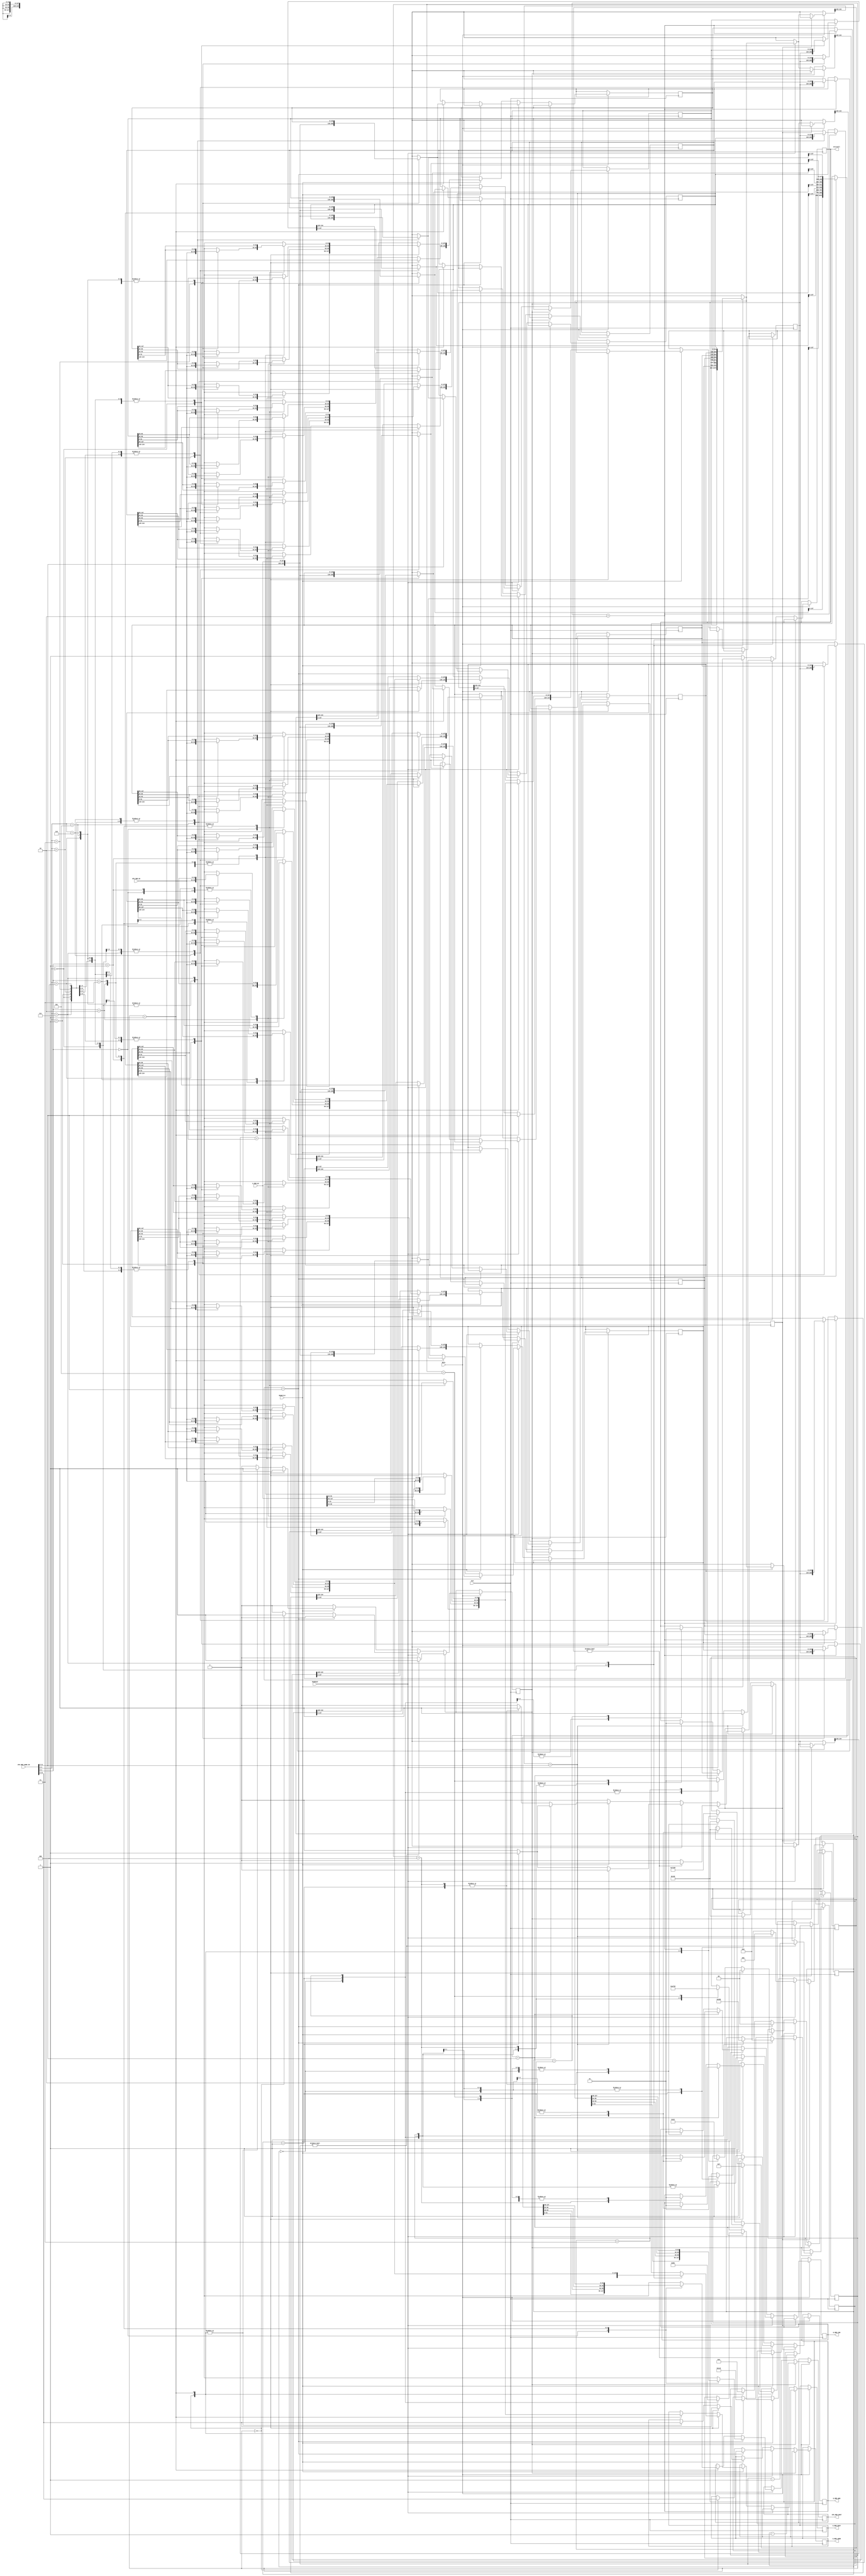
/*
NOTE:
 1: 4 words per cacheline (4 data blocks)
 2: 128B cache capacity -> 32 words -> store 8 cachelines
 4: No Replacement policy cuz' direct mapped
 5: write-through for write-hit policy, no dirty bit
 6: write-allocate for write-miss policy
*/

module CACHE(
  input           CLK,
  input           RSTn,

  // STOPPER
  output wire WriteAll,

  // CPU
  input           MemWrite,
  input           MemRead,
  input  [11:0]   CPU_MEM_ADDR_IN,
  input  [31:0]   CPU_MEM_DI,

  output [31:0]   CPU_MEM_DOUT,
  // output [1:0]    LATENCY_STATE,

  // Data Memory
  input  [127:0]  D_MEM_DI,         // Data Read from DMEM
  output [127:0]  D_MEM_DOUT,       // Data Written to DMEM
  output [9:0]    D_MEM_ADDR,       // Address to DMEM
  output          D_MEM_CSN,        // Memory Access
  output          D_MEM_WEN         // Write Enable Negative

);

  /*
    Index = CPU_MEM_ADDR_IN[4:2] xxxxxxx000xx
    Data Inside Tag = CPU_MEM_ADDR_IN[2:0] xxxxxxxxxx00
    Address to D_MEM = CPU_MEM_ADDR_IN[11:2] 0000000000xx
    Tag = CPU_MEM_ADDR_IN[11:5] 0000000xxxxx
  */

  /*  
      cache [ 134:128 | 127:96 |  95:64 | 63:32  |  31:0  ]
            
    | Index |   Tag   | Data 4 | Data 3 | Data 2 | Data 1 |
     -----------------------------------------
    |  000  | 0000000 | xxxxxx | xxxxxx | xxxxxx | xxxxxx |
    |  001  | 0000000 | xxxxxx | xxxxxx | xxxxxx | xxxxxx |
    |  010  | 0000000 | xxxxxx | xxxxxx | xxxxxx | xxxxxx |
    |  011  | 0000000 | xxxxxx | xxxxxx | xxxxxx | xxxxxx |
    |  100  | 0000000 | xxxxxx | xxxxxx | xxxxxx | xxxxxx |
    |  101  | 0000000 | xxxxxx | xxxxxx | xxxxxx | xxxxxx |
    |  110  | 0000000 | xxxxxx | xxxxxx | xxxxxx | xxxxxx |
    |  111  | 0000000 | xxxxxx | xxxxxx | xxxxxx | xxxxxx |
  */


  // Inner Registers
  reg [5:0] local_latency;
  reg state;
  reg [1:0]step;
  reg [134:0] cache[7:0]; // Initialize Cache

  // Outside Registers
  reg [2:0] CACHE_IND;
  reg [6:0] CACHE_TAG;
  reg [1:0] CACHE_D_NUM;

  reg [31:0] CPU_MEM_DOUT_REG;
  // reg [1:0] LATENCY_STATE_REG;
  reg [127:0] D_MEM_DOUT_REG;
  reg [9:0] D_MEM_ADDR_REG;
  reg D_MEM_CSN_REG;
  reg D_MEM_WEN_REG;
  assign CPU_MEM_DOUT = CPU_MEM_DOUT_REG;
  // assign LATENCY_STATE = LATENCY_STATE_REG;
  assign D_MEM_DOUT = D_MEM_DOUT_REG;
  assign D_MEM_ADDR = D_MEM_ADDR_REG;
  assign D_MEM_CSN = D_MEM_CSN_REG;
  assign D_MEM_WEN = D_MEM_WEN_REG;

  // STOPPER Registers
  reg WriteAll_reg;
  assign WriteAll = WriteAll_reg;

  // NEW STOPPER Registers
  reg   [5:0]     templocal_latency;
  reg tempstate;
  reg [2:0]tempstep;


// ---------------------------- START ------------------------- //
  initial begin 
    state <= 0;
    step <= 0;
    WriteAll_reg <= 1;
    D_MEM_WEN_REG <= 1;
    D_MEM_CSN_REG <= 1;
    tempstate <= 0;
    tempstep <= 0;
  end

/////////////////////////////////////////////////////////////////////////////////////////////////////////////////////////////////////////////
  always @ (posedge CLK) begin
    if (RSTn) begin
      if (~tempstate) begin
        if (MemRead) begin // Read hit/miss
          if (cache[CPU_MEM_ADDR_IN[4:2]][134:128] == CPU_MEM_ADDR_IN[11:5]) begin
            // READ HIT
            tempstate = 0;
            templocal_latency = 0;
            tempstep = 0;

            D_MEM_CSN_REG = 1;
            D_MEM_WEN_REG = 1;
            WriteAll_reg = 1;
          end
          else begin // READ MISS
            case (tempstep)
              3'b000: begin
                tempstep = 3'b001;
                D_MEM_CSN_REG = 1;
                D_MEM_WEN_REG = 1;

                tempstate = 0;
                templocal_latency = 0;
                WriteAll_reg = 0;

                
              end
              3'b001: begin
                tempstep = 3'b010;
                D_MEM_CSN_REG = 0;
                D_MEM_WEN_REG = 1;

                tempstate = 1;
                templocal_latency = 5;
                WriteAll_reg = 0;
                
              end
              3'b010: begin // before last cycle
                tempstep = 3'b011;

                D_MEM_CSN_REG = 1;
                D_MEM_WEN_REG = 1;

                templocal_latency = 0;
                tempstate = 0;
                WriteAll_reg = 0;
                
              end
              3'b011: begin // last cycle
              // $display("READ MISS EMPTY SPACE tempstep = %b", tempstep);
                tempstep = 3'b000;
                D_MEM_CSN_REG = 1;
                D_MEM_WEN_REG = 1;

                templocal_latency = 0;
                tempstate = 0;
                WriteAll_reg = 1;
                
              end

            endcase
          end
        end
        else if (MemWrite) begin
          if (cache[CPU_MEM_ADDR_IN[4:2]][134:128] == CPU_MEM_ADDR_IN[11:5]) begin
            // WRITE HIT
            case (tempstep)
              3'b000: begin
                // $display("WRITE HIT EMPTY SPACE tempstep = %b", tempstep);
                tempstep = 3'b001;
                D_MEM_CSN_REG = 1;
                D_MEM_WEN_REG = 1;

                tempstate = 0;
                templocal_latency = 0;
                WriteAll_reg = 0;
                
              end
              3'b001: begin
                // $display("WRITE HIT EMPTY SPACE tempstep = %b", tempstep);
                tempstep = 3'b010;

                D_MEM_CSN_REG = 0;
                D_MEM_WEN_REG = 0;

                templocal_latency = 5;
                tempstate = 1;
                WriteAll_reg = 0;
              
              end
              3'b010: begin // LAST cycle
                // $display("WRITE HIT EMPTY SPACE tempstep = %b", tempstep);
                tempstep = 3'b000;

                D_MEM_CSN_REG = 1;
                D_MEM_WEN_REG = 1;

                templocal_latency = 0;
                tempstate = 0;
                WriteAll_reg = 1;
                
              end

            endcase
          end
          else begin // WRITE MISS
            case (tempstep)
              3'b000: begin
                // $display("WRITE MISS EMPTY SPACE tempstep = %b", tempstep);
                tempstep = 3'b001;
                D_MEM_CSN_REG = 1;
                D_MEM_WEN_REG = 1;

                tempstate = 0;
                templocal_latency = 0;
                WriteAll_reg = 0;
              end
              3'b001: begin
                // $display("WRITE MISS EMPTY SPACE tempstep = %b", tempstep);
                tempstep = 3'b010;

                D_MEM_CSN_REG = 0;
                D_MEM_WEN_REG = 1;

                templocal_latency = 5;
                tempstate = 1;
                WriteAll_reg = 0;
              end
              3'b010: begin
                // $display("WRITE MISS EMPTY SPACE tempstep = %b", tempstep);
                tempstep = 3'b011;

                D_MEM_CSN_REG = 1;
                D_MEM_WEN_REG = 1;

                templocal_latency = 0;
                tempstate = 0;
                WriteAll_reg = 0;
              end
              3'b011: begin
                // $display("WRITE MISS EMPTY SPACE tempstep = %b", tempstep);
                tempstep = 3'b100;
                // $display("What do you mean by that? %b == %b", cache[CPU_MEM_ADDR_IN[4:2]][134:128], CPU_MEM_ADDR_IN[11:5]);

                D_MEM_CSN_REG = 1;
                D_MEM_WEN_REG = 1;

                templocal_latency = 0;
                tempstate = 0;
                WriteAll_reg = 0;
              end
              3'b100: begin
                tempstep = 3'b101;
                D_MEM_CSN_REG = 0;
                D_MEM_WEN_REG = 0;

                tempstate = 1;
                templocal_latency = 5;
                WriteAll_reg = 0;
              end
              3'b101: begin
                tempstep = 3'b000;

                D_MEM_CSN_REG = 1;
                D_MEM_WEN_REG = 1;

                templocal_latency = 0;
                tempstate = 0;
                WriteAll_reg = 1;
              end

            endcase
          end
        end
        else begin
          WriteAll_reg = 1;
          D_MEM_CSN_REG = 1;
          D_MEM_WEN_REG = 1;
          tempstate = 0;
        end
      end
      else begin
        if (templocal_latency) begin
          templocal_latency = templocal_latency - 1;
        end
        else begin
          tempstate = 0;
        end
      end
    end
  end




reg [134:0] temp_cache_line;


  always @ (negedge CLK) begin  // Have it same like DMEM?
    if (RSTn) begin
      if (~state) begin
        // $display("CPU MEM ADDR IN THE NEGEDGE CACHE: %d", CPU_MEM_ADDR_IN);
        CACHE_IND = CPU_MEM_ADDR_IN[4:2];
        CACHE_TAG = CPU_MEM_ADDR_IN[11:5];
        CACHE_D_NUM = CPU_MEM_ADDR_IN[1:0];
        if (MemRead) begin // Read hit/miss
          if (cache[CACHE_IND][134:128] == CACHE_TAG) begin // Read Hit
            case (CACHE_D_NUM)
            2'b00: CPU_MEM_DOUT_REG = cache[CACHE_IND][31:0];
            2'b01: CPU_MEM_DOUT_REG = cache[CACHE_IND][63:32];
            2'b10: CPU_MEM_DOUT_REG = cache[CACHE_IND][95:64];
            2'b11: CPU_MEM_DOUT_REG = cache[CACHE_IND][127:96];
            endcase

            // INNER Registers
            state = 0;
            local_latency = 0;
            step = 0; 
          end
          else begin // Read Miss
            // LATENCY_STATE_REG = 2'b01;
            case (step)
              2'b00: begin
                // D_MEM Access
                step = 1;
                D_MEM_ADDR_REG = CPU_MEM_ADDR_IN[11:2];

                local_latency = 7;
                state = 1;
              end
              2'b01: begin
                // Cache Update
                step = 0;
                cache[CACHE_IND] = {CACHE_TAG, D_MEM_DI};
                case (CACHE_D_NUM)
                  2'b00: CPU_MEM_DOUT_REG = cache[CACHE_IND][31:0];
                  2'b01: CPU_MEM_DOUT_REG = cache[CACHE_IND][63:32];
                  2'b10: CPU_MEM_DOUT_REG = cache[CACHE_IND][95:64];
                  2'b11: CPU_MEM_DOUT_REG = cache[CACHE_IND][127:96];
                endcase

                local_latency = 0;
                state = 0;
              end
            endcase
          end
        end
        else if (MemWrite) begin // Write hit/miss
          if (cache[CACHE_IND][134:128] == CACHE_TAG) begin // Write Hit
            // Write through: We update Cache and Update DMEM
            // LATENCY_STATE_REG = 2'b10;
                // Cache Update
                step = 0;
                case (CACHE_D_NUM)
                  2'b00: cache[CACHE_IND][31:0] = CPU_MEM_DI;
                  2'b01: cache[CACHE_IND][63:32] = CPU_MEM_DI;
                  2'b10: cache[CACHE_IND][95:64] = CPU_MEM_DI;
                  2'b11: cache[CACHE_IND][127:96] = CPU_MEM_DI;
                endcase

                // Memory Access and Update
                D_MEM_DOUT_REG = cache[CACHE_IND][127:0];
                D_MEM_ADDR_REG = CPU_MEM_ADDR_IN[11:2];


                local_latency = 7;
                state = 1;
                // $display("CPU_MEM_DOUT ON WRITE HIT BEFORE DMEM ACCESS: %b", CPU_MEM_DOUT_REG);
          end
          else begin // Write Miss
            // LATENCY_STATE_REG = 2'b11;
            // Write Allocate: 
            case (step)
              2'b00: begin
                // Memory Access
                step = 1;

                D_MEM_ADDR_REG = CPU_MEM_ADDR_IN[11:2];

                local_latency = 7;
                state = 1;
              end
              2'b01: begin
                // Cache Update and send Memory Update
                step = 2;
                temp_cache_line = {CACHE_TAG, D_MEM_DI};
                //cache[CACHE_IND] = {CACHE_TAG, D_MEM_DI};
                case (CACHE_D_NUM)
                  2'b00: temp_cache_line[31:0] = CPU_MEM_DI;
                  2'b01: temp_cache_line[63:32] = CPU_MEM_DI;
                  2'b10: temp_cache_line[95:64] = CPU_MEM_DI;
                  2'b11: temp_cache_line[127:96] = CPU_MEM_DI;
                endcase

                // CPU_MEM_DOUT_REG = 0; // FOR SAFETY
                D_MEM_DOUT_REG = temp_cache_line[127:0]; //cache[CACHE_IND][127:0];
                D_MEM_ADDR_REG = CPU_MEM_ADDR_IN[11:2];

                local_latency = 6; // AZA changed to 6 from 7 to account for stage below
                state = 1;
                // $display("CPU_MEM_DOUT ON WRITE MISS BEFORE DMEM ACCESS: %b", CPU_MEM_DOUT_REG);
              end
              2'b10: begin
                step = 0;
                cache[CACHE_IND] = temp_cache_line;

                local_latency = 0;
                state = 0;
                // $display("CPU_MEM_DOUT ON WRITE MISS LAST CYCLE IS: %b", CPU_MEM_DOUT_REG);
              end

            endcase
          end
        end
      end
      else begin
        if (local_latency) begin
          local_latency = local_latency - 1;
        end
        else begin
          state = 0;
        end
      end
    end
  end
endmodule